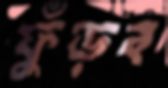
ফুঁড়ব